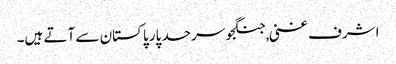
اشرف غنی ,جنگجو سرحد پار پاکستان سے آتے ہیں۔